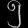
Digit: ၅